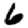
Digit: 6